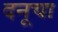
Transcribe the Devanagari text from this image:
दनूचा